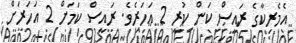
އެމެރިކާގެ ރައީސް ކަން ކުރީ 2 އަހަރެވެ. ރައީސް ކަމަށް 2 އަހަރަށް